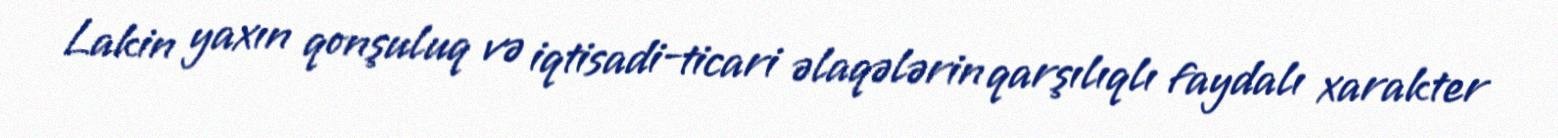
Lakin yaxın qonşuluq və iqtisadi-ticari əlaqələrin qarşılıqlı faydalı xarakter